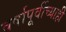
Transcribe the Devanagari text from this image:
वर्षापूर्वीच्याही